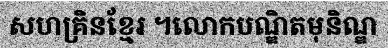
សហគ្រិនខ្មែរ ។លោកបណ្ឌិតមុនិណ្ឌ